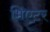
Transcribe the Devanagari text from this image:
भिएटर